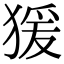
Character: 猨